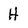
Character: H